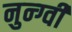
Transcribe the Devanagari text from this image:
नुन्ग्वी